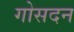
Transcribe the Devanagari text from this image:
गोसदन